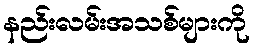
နည်းလမ်းအသစ်များကို